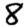
Digit: 8